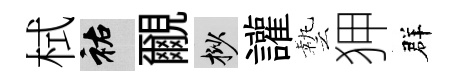
栻祐覼挲讙藝狎群